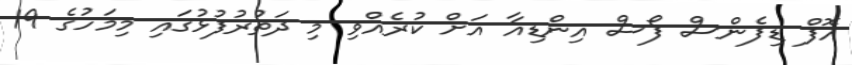
އޮފް ޑިފެންސް ފޯސް އިންޑިއާ އަށް ކުރެއްވި މި ދަތުރުފުޅުގައި މިމަހުގެ 19